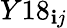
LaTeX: Y18_{\mathbf{i}j}